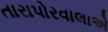
તારાપોરવાલાએ